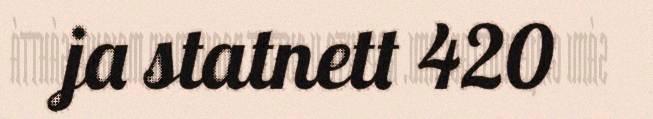
ja statnett 420